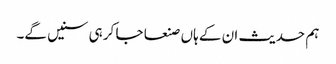
ہم حدیث ان کے ہاں صنعا جا کر ہی سنیں گے۔